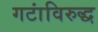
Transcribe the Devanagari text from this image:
गटांविरुद्ध